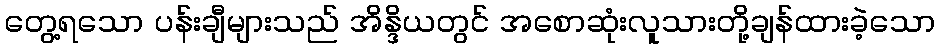
တွေ့ရသော ပန်းချီများသည် အိန္ဒိယတွင် အစောဆုံးလူသားတို့ချန်ထားခဲ့သော